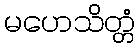
မဟေသိတ္တံ